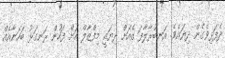
ދެފަޅިވެގެން ދިޔައެވެ. އަނބުރާލާފަ ގެއަށް ދިޔައީ މިފްޒާލް އަށް ފަހުން ރަނގަޅު ބަހަނާއެއް